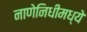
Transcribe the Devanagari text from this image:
नाणेनिधीमध्ये